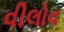
વીલોવ